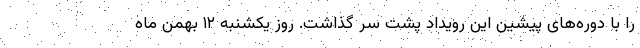
را با دوره‌های پیشین این رویداد پشت سر گذاشت. روز یکشنبه ۱۲ بهمن ماه